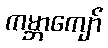
ကမ္ဘာကျော်